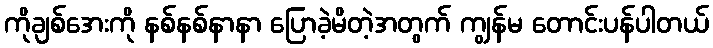
ကိုချစ်အေးကို နစ်နစ်နာနာ ပြောခဲ့မိတဲ့အတွက် ကျွန်မ တောင်းပန်ပါတယ်